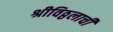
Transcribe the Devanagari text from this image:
श्रीविठ्ठलाची